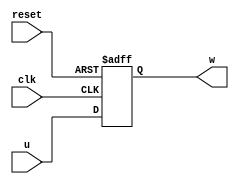
module fnxtclk (u, reset, clk, w );
   input                    u;
   input 		    reset;
   input 		    clk;
   output reg 		    w;
   always @ (posedge clk or posedge reset) begin
      if (reset == 1'b1) begin
         w            <= 1'b0;
      end
      else begin
         w            <= u;
      end
   end
endmodule